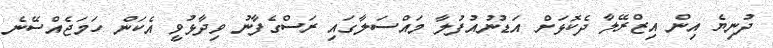
ދުނިޔެ އިން އިޒްރޭލާ ދެކޮޅަށް އަޑުނުއުފުލާ މައްސަލާގައި ރަސްގެފާނު ވިދާޅުވީ އެކަން ހަމަޖެއްސޭނެ